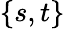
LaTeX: \{ s,t\}